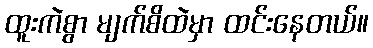
ထူးကဲစွာ မျက်စိထဲမှာ ထင်းနေတယ်။